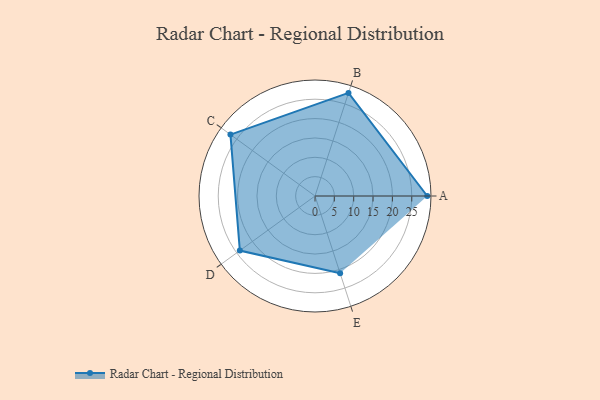
{"axis": {"x": "Skill", "y": "Score"}, "legend": ["Profile"], "data": [{"x": "A", "y": 29.0, "type": "Profile"}, {"x": "B", "y": 28.0, "type": "Profile"}, {"x": "C", "y": 27.0, "type": "Profile"}, {"x": "D", "y": 24.0, "type": "Profile"}, {"x": "E", "y": 21.0, "type": "Profile"}]}